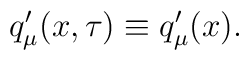
q_\mu^\prime (x,\tau )\equiv q_\mu^\prime (x).